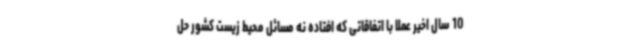
10 سال اخیر عملا با اتفاقاتی که افتاده نه مسائل محیط زیست کشور حل